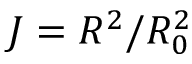
J = R ^ { 2 } / R _ { 0 } ^ { 2 }